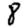
Digit: 8